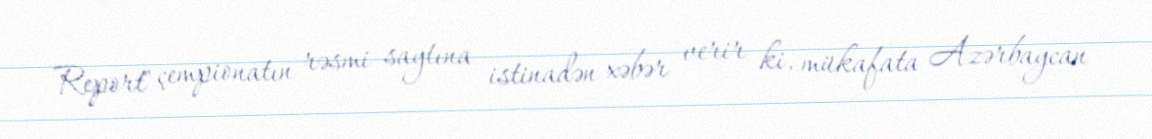
Report" çempionatın rəsmi saytına istinadən xəbər verir ki, mükafata Azərbaycan